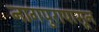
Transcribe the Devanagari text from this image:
नागपुरापासून